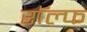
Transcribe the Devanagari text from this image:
राॅल्फ